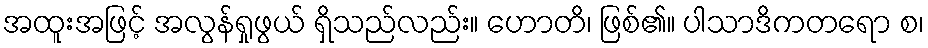
အထူးအဖြင့် အလွန်ရှုဖွယ် ရှိသည်လည်း။ ဟောတိ၊ ဖြစ်၏။ ပါသာဒိကတရော စ၊